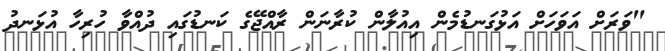
"ވަރަށް އަވަހަށް އަޅުގަނޑުމެން އިއުލާން ކުރާނަން ރާއްޖޭގެ ކަނޑުގައި ދުއްވާ ހުރިހާ އުޅަނދު